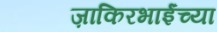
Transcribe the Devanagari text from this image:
ज़ाकिरभाईंच्या